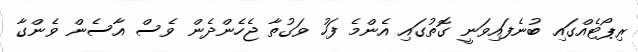
ރިޕޯޓެއްގައި ބުނެފައިވަނީ ގޮތުގައި އެންމެ ފަހު ވަގުތާ ޖެހެންދެން ވެސް އާސެން ވެންގާ